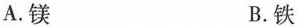
A.镁 B.铁